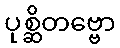
ပုစ္ဆိတဗ္ဗော